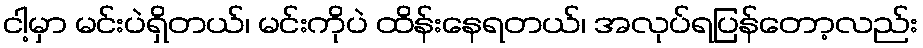
ငါ့မှာ မင်းပဲရှိတယ်၊ မင်းကိုပဲ ထိန်းနေရတယ်၊ အလုပ်ရပြန်တော့လည်း